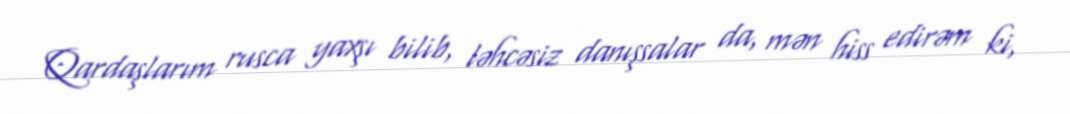
Qardaşlarım rusca yaxşı bilib, ləhcəsiz danışsalar da, mən hiss edirəm ki,